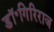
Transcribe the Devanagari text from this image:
डॉ॰गिरिराज